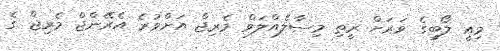
މިއީ ލޯބީގެ ވަރަށް ރީތި މިސާލެއްލަވް މެރިޖް އަށްވުރެ އެރޭންޖް މެރިޖް ގެ